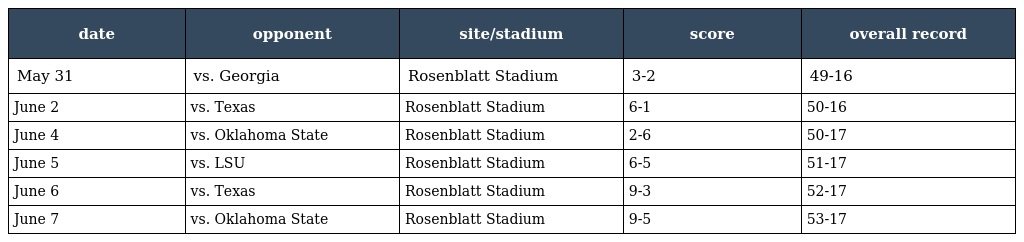
| date | opponent | site/stadium | score | overall record |
 | --- | --- | --- | --- | --- |
 | May 31 | vs. Georgia | Rosenblatt Stadium | 3-2 | 49-16 |
 | June 2 | vs. Texas | Rosenblatt Stadium | 6-1 | 50-16 |
 | June 4 | vs. Oklahoma State | Rosenblatt Stadium | 2-6 | 50-17 |
 | June 5 | vs. LSU | Rosenblatt Stadium | 6-5 | 51-17 |
 | June 6 | vs. Texas | Rosenblatt Stadium | 9-3 | 52-17 |
 | June 7 | vs. Oklahoma State | Rosenblatt Stadium | 9-5 | 53-17 |